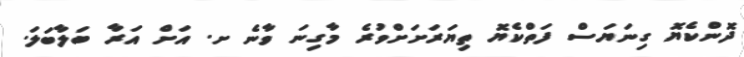
ދޮންކެޔޮ ގިނަޔަސް ފަތްކެޔޮ ތިޔަރަށަށްވުރެ މާގިނަ ވާނެ ށ. އަށް އަރާ ބަލާބަލަ.